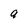
Character: a